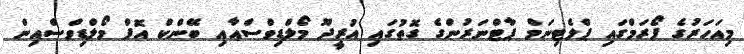
މިއަހަރުގެ ފޯރަމްގައި ޕްލެޓިނަމް ޕާޓްނަރުންގެ ގޮތުގައި އުރީދޫ މޯލްޑިވްސްއާއި ބޭންކް އޮފް މޯލްޑިވްސްއިން